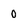
Character: o